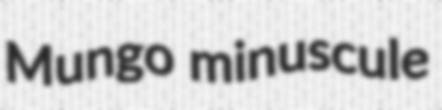
Mungo minuscule